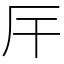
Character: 厈